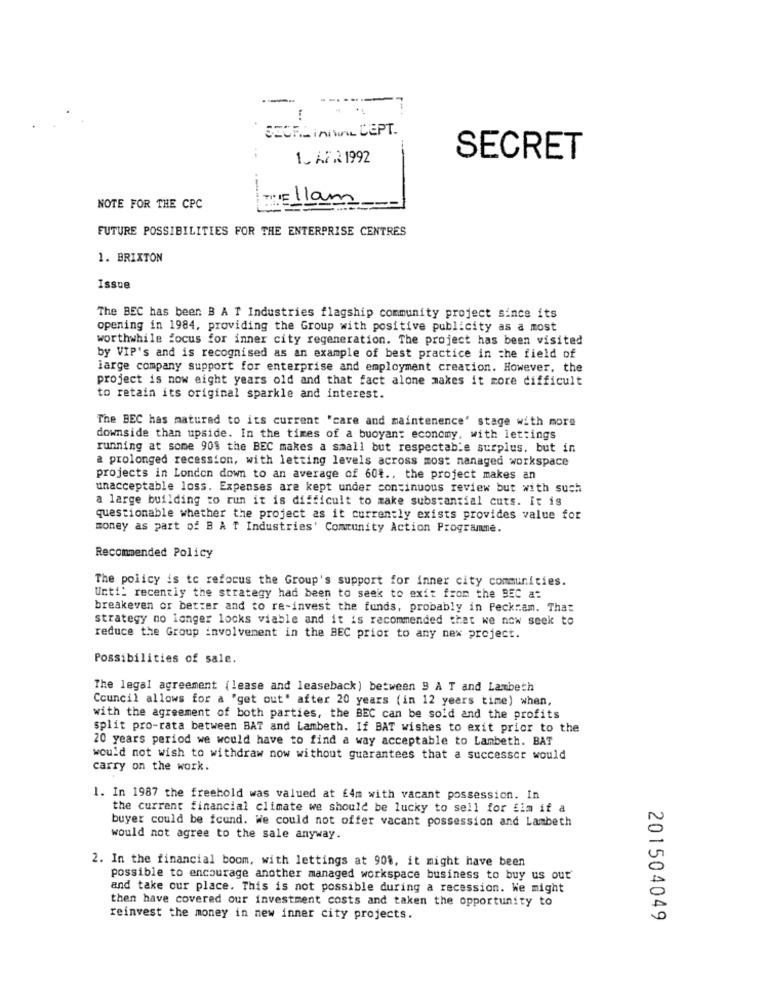
-
SECRE IniWAL CEPT.
1_ AFR 1992
SECRET
NOTE FOR THE CPC
FUTURE POSSIBILITIES FOR THE ENTERPRISE CENTRES
1. BRIXTON
Issue
The BEC has been B A T Industries flagship community project since its
opening in 1984, providing the Group with positive publicity as a most
worthwhile focus for inner city regeneration. The project has been visited
by VIP's and is recognised as an example of best practice in the field of
large company support for enterprise and employment creation. However, the
project is now eight years old and that fact alone makes it more difficult
to retain its original sparkle and interest.
The BEC has matured to its current "care and maintenence' stage with more
downside than upside. In the times of a buoyant economy, with let:ings
running at some 90$ the BEC makes a small but respectable surplus, but in
a prolonged recession, with letting levels across most nanaged workspace
projects in London down to an average of 60t ., the project makes an
unacceptable loss. Expenses are kept under continuous review but with such
a large building to run it is difficult to make substantial cuts. It is
questionable whether the project as it currently exists provides value for
money as part of B A T Industries' Community Action Programme.
Recommended Policy
The policy is to refocus the Group's support for inner city communities.
Until recently the strategy had been to seek to exit from the BEC a:
breakeven or better and to re-invest the funds, probably in Peckram. That
strategy no longer locks viable and it is recommended that we now seek to
reduce the Group involvement in the BEC prior to any new project.
Possibilities of sale.
The legal agreement (lease and leaseback) between " A T and Lambeth
Council allows for a "get out' after 20 years (in 12 years time) when,
with the agreement of both parties, the BEC can be sold and the profits
split pro-rata between BAT and Lambeth. If BAT wishes to exit prior to the
20 years period we would have to find a way acceptable to Lambeth. BAT
would not wish to withdraw now without guarantees that a successor would
carry on the work.
1. In 1987 the freehold was valued at £4m with vacant possession. In
the current financial climate we should be lucky to sell for fim if a
buyer could be found. We could not offer vacant possession and Lambeth
would not agree to the sale anyway.
2. In the financial boom, with lettings at 908, it might have been
possible to encourage another managed workspace business to buy us out
and take our place. This is not possible during a recession. We might
then have covered our investment costs and taken the opportunity to
reinvest the money in new inner city projects.
201504049